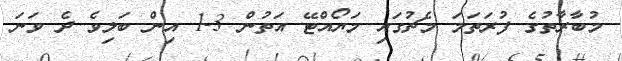
މުބާރާތުގެ ފުރަތަމަ މެޗުގައި މަޔޯއްޓޭ އަތުން 3-1 އިން ބަލިވެ ދެ ވަނަ